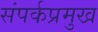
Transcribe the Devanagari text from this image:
संपर्कप्रमुख